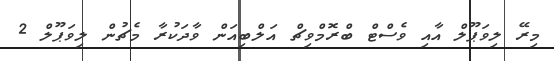
މިރޭ ލިވަޕޫލް އާއި ވެސްޓް ބްރޮމްވިޗް އަލްބިއަން ވާދަކުރާ މެޗުން ލިވަޕޫލް 2